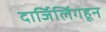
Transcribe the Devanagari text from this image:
दार्जिलिंगहून